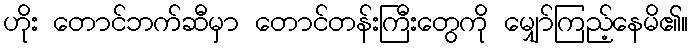
ဟိုး တောင်ဘက်ဆီမှာ တောင်တန်းကြီးတွေကို မျှော်ကြည့်နေမိ၏။